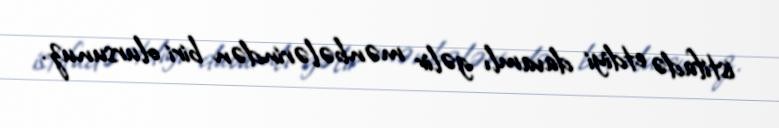
istifadə etdiyi davamlı gəlir mənbələrindən biri olursunuz.